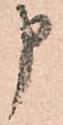
申